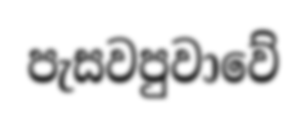
පැසවපුවාවේ